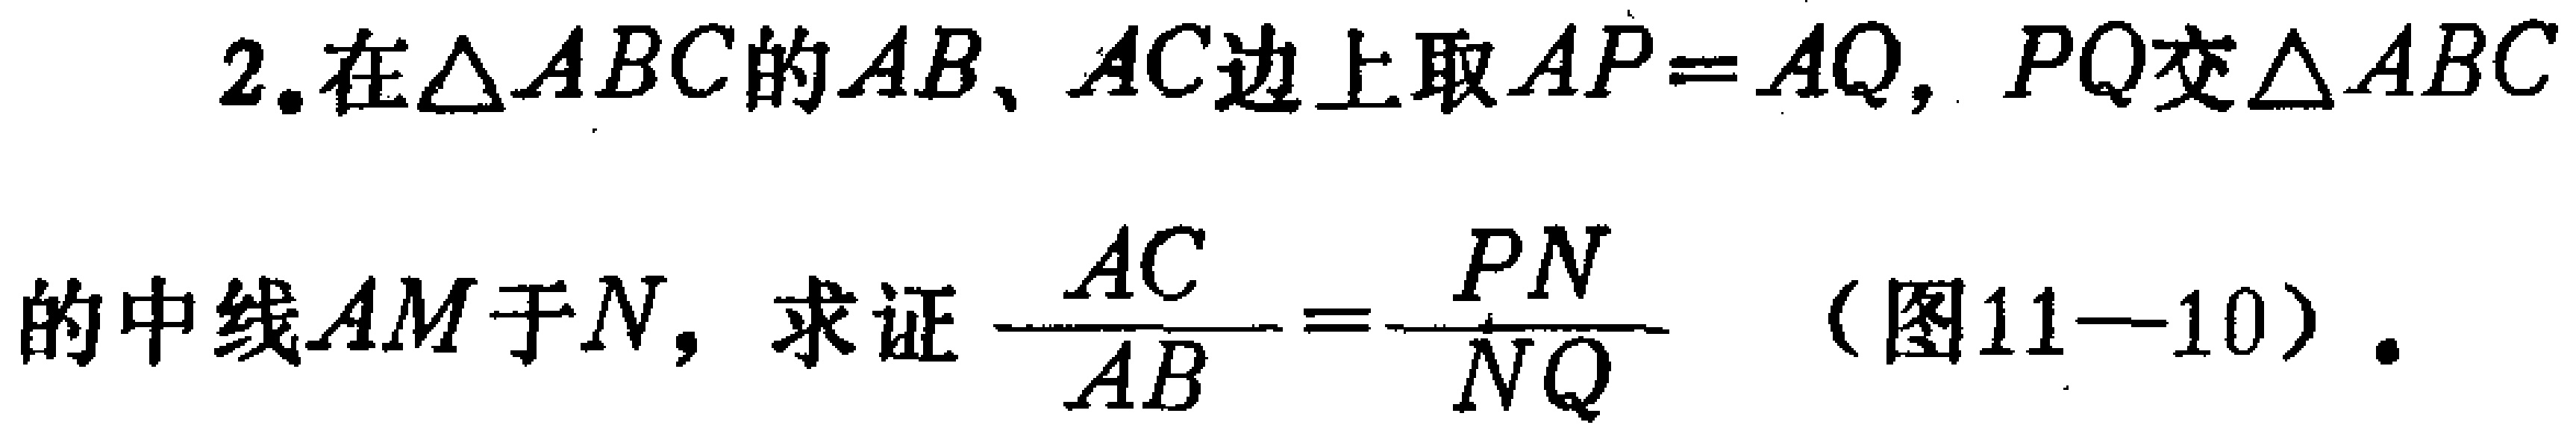
2. 在\(\triangle ABC\)的\(AB\)、\(AC\)边上取\(AP = AQ\)，\(PQ\)交\(\triangle ABC\)的中线\(AM\)于\(N\)，求证\(\frac{AC}{AB}=\frac{PN}{NQ}\)（图11—10）.